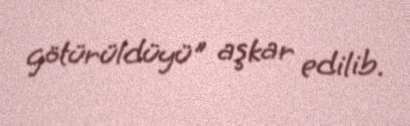
götürüldüyü" aşkar edilib.